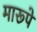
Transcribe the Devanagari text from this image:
मारूपे